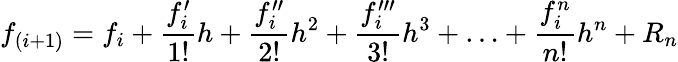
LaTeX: f_{(i+1)}=f_{i}+\frac{f_{i}^{\prime}}{1!}h+\frac{f_{i}^{\prime\prime}}{2!}h^{2}+\frac{f_{i}^{\prime\prime\prime}}{3!}h^{3}+\ldots+\frac{f_{i}^{n}}{n!}h^{n}+R_{n}